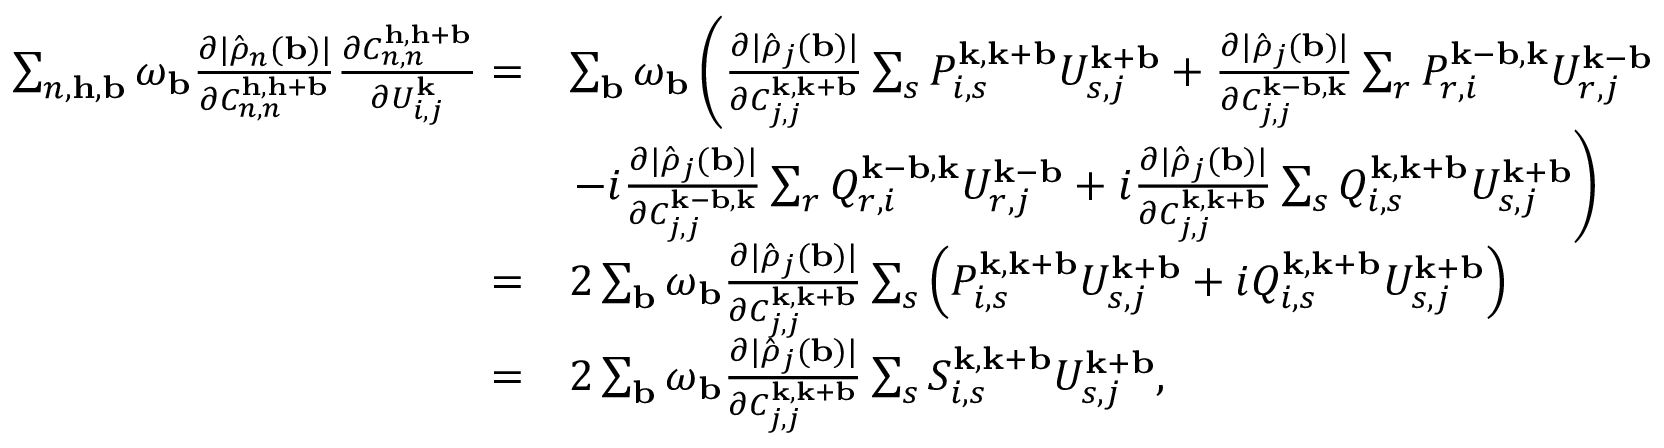
\begin{array} { r l } { \sum _ { n , \mathbf { h } , \mathbf { b } } \omega _ { \mathbf { b } } \frac { \partial | \hat { \rho } _ { n } ( \mathbf { b } ) | } { \partial C _ { n , n } ^ { \mathbf { h } , \mathbf { h } + \mathbf { b } } } \frac { \partial C _ { n , n } ^ { \mathbf { h } , \mathbf { h } + \mathbf { b } } } { \partial U _ { i , j } ^ { \mathbf { k } } } = } & { \sum _ { \mathbf { b } } \omega _ { \mathbf { b } } \left( \frac { \partial | \hat { \rho } _ { j } ( \mathbf { b } ) | } { \partial C _ { j , j } ^ { \mathbf { k } , \mathbf { k } + \mathbf { b } } } \sum _ { s } P _ { i , s } ^ { \mathbf { k } , \mathbf { k } + \mathbf { b } } U _ { s , j } ^ { \mathbf { k } + \mathbf { b } } + \frac { \partial | \hat { \rho } _ { j } ( \mathbf { b } ) | } { \partial C _ { j , j } ^ { \mathbf { k } - \mathbf { b } , \mathbf { k } } } \sum _ { r } P _ { r , i } ^ { \mathbf { k } - \mathbf { b } , \mathbf { k } } U _ { r , j } ^ { \mathbf { k } - \mathbf { b } } \right. } \\ & { \left. - i \frac { \partial | \hat { \rho } _ { j } ( \mathbf { b } ) | } { \partial C _ { j , j } ^ { \mathbf { k } - \mathbf { b } , \mathbf { k } } } \sum _ { r } Q _ { r , i } ^ { \mathbf { k } - \mathbf { b } , \mathbf { k } } U _ { r , j } ^ { \mathbf { k } - \mathbf { b } } + i \frac { \partial | \hat { \rho } _ { j } ( \mathbf { b } ) | } { \partial C _ { j , j } ^ { \mathbf { k } , \mathbf { k } + \mathbf { b } } } \sum _ { s } Q _ { i , s } ^ { \mathbf { k } , \mathbf { k } + \mathbf { b } } U _ { s , j } ^ { \mathbf { k } + \mathbf { b } } \right) } \\ { = } & { 2 \sum _ { \mathbf { b } } \omega _ { \mathbf { b } } \frac { \partial | \hat { \rho } _ { j } ( \mathbf { b } ) | } { \partial C _ { j , j } ^ { \mathbf { k } , \mathbf { k } + \mathbf { b } } } \sum _ { s } \left( P _ { i , s } ^ { \mathbf { k } , \mathbf { k } + \mathbf { b } } U _ { s , j } ^ { \mathbf { k } + \mathbf { b } } + i Q _ { i , s } ^ { \mathbf { k } , \mathbf { k } + \mathbf { b } } U _ { s , j } ^ { \mathbf { k } + \mathbf { b } } \right) } \\ { = } & { 2 \sum _ { \mathbf { b } } \omega _ { \mathbf { b } } \frac { \partial | \hat { \rho } _ { j } ( \mathbf { b } ) | } { \partial C _ { j , j } ^ { \mathbf { k } , \mathbf { k } + \mathbf { b } } } \sum _ { s } S _ { i , s } ^ { \mathbf { k } , \mathbf { k } + \mathbf { b } } U _ { s , j } ^ { \mathbf { k } + \mathbf { b } } , } \end{array}